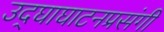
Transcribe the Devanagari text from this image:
उद्‌घाघाटनप्रसंगी